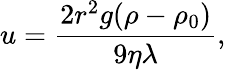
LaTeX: u=\frac{2r^{2}g(\rho-\rho_{0})}{9\eta\lambda},